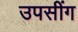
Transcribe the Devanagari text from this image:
उपसींग